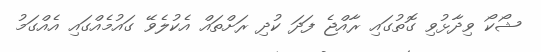
ޝޯކޯ ވިދާޅުވި ގޮތުގައި ރާއްޖެ ފަދަ ކުދި ރަށްތައް އެކުލެވޭ ގައުމެއްގައި އެއްގަމު